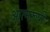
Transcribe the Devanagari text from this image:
आत्मरूपी